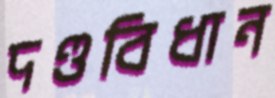
দণ্ডবিধান